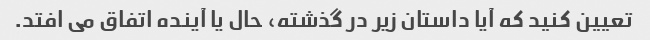
تعیین کنید که آیا داستان زیر در گذشته، حال یا آینده اتفاق می افتد.